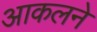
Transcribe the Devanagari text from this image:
आकलने